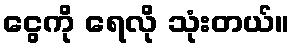
ငွေကို ရေလို သုံးတယ်။